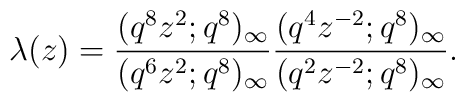
\lambda(z)=\frac{(q^8z^2;q^8)_\infty}{(q^6z^2;q^8)_\infty}\frac{(q^4z^{-2};q^8)_\infty}{(q^2z^{-2};q^8)_\infty}.